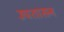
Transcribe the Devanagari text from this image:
उपशासन